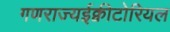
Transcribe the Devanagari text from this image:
गणराज्यईक्वीटोरियल